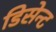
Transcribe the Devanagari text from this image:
डिसेन्ट